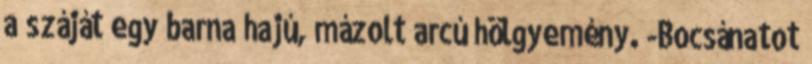
a száját egy barna hajú, mázolt arcú hölgyemény. -Bocsánatot